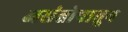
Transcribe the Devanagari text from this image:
असंतोषातून